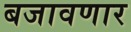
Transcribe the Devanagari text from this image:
बजावणार